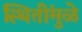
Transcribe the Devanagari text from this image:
स्थितींमुळे